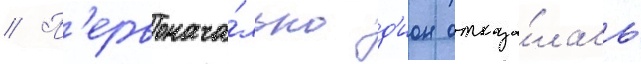
// П'ервонача́льно д'ион отказа́лась